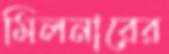
মিলনারের